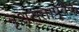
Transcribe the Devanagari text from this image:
नृशंसतापूर्वक